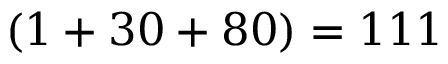
( 1 + 3 0 + 8 0 ) = 1 1 1